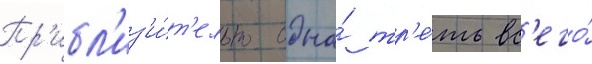
Пр'ибл'из'и́т'ельно одна́ тр'е́ть вс'его́